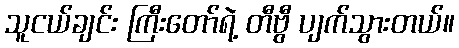
သူငယ်ချင်း ကြီးတော်ရဲ့ တီဗွီ ပျက်သွားတယ်။